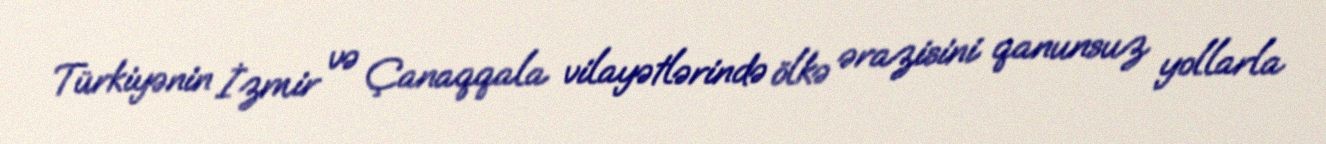
Türkiyənin İzmir və Çanaqqala vilayətlərində ölkə ərazisini qanunsuz yollarla